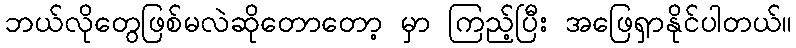
ဘယ်လိုတွေဖြစ်မလဲဆိုတောတော့ မှာ ကြည့်ပြီး အဖြေရှာနိုင်ပါတယ်။